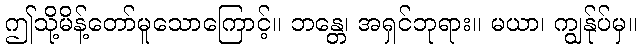
ဤသို့မိန့်တော်မူသောကြောင့်။ ဘန္တေ၊ အရှင်ဘုရား။ မယာ၊ ကျွန်ုပ်မှ။